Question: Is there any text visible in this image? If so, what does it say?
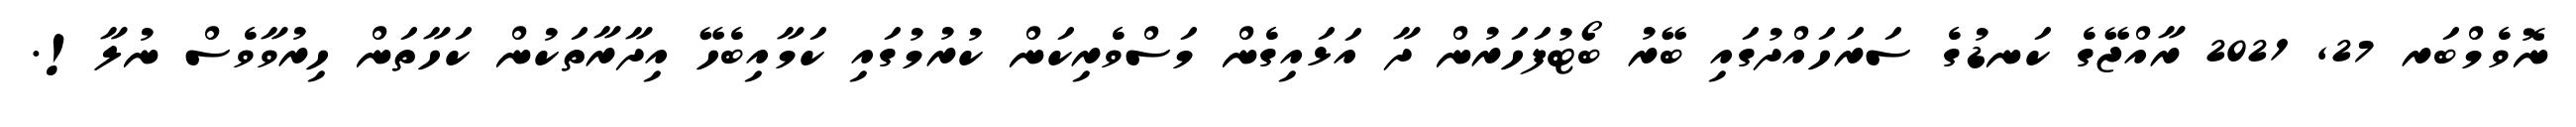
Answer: ނޮވެމްބަރ 27, 2021 ރާއްޖޭގެ ކަނޑުގެ ސަރަހައްދުގައި ބޭރު ބޯޓުފަހަރުން ދާ އަޅައިގެން މަސްވެރިކަން ކުރުމުގައި ކަމާއިބެހޭ އިދާރާތަކުން ކަހާތަން ހިރުވާވެސް ނުލާ!.